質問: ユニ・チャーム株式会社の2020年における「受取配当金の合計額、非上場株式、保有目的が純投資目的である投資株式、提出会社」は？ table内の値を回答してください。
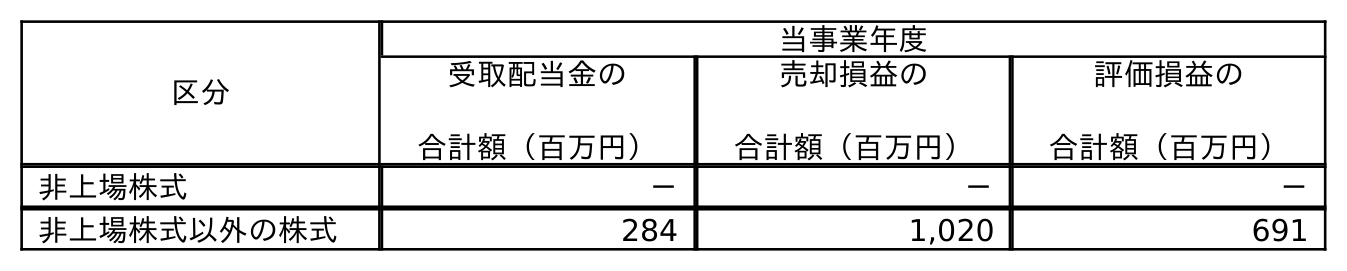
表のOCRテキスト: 区分 当事業年度 受取配当金の 合計額（百万円） 売却損益の 合計額（百万円） 評価損益の 合計額（百万円） 非上場株式 － － － 非上場株式以外の株式 284 1,020 691
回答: －